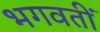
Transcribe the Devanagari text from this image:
भगवतीं